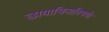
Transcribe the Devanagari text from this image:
छायाचित्राविषयी